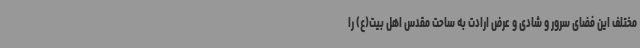
مختلف این فضای سرور و شادی و عرض ارادت به ساحت مقدس اهل بیت(ع) را